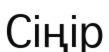
Сіңір